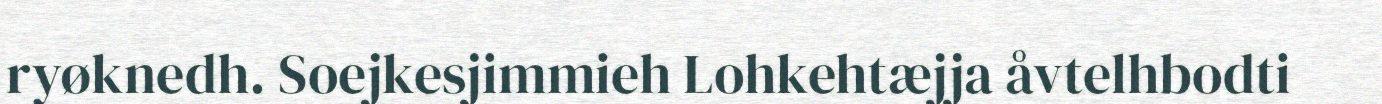
ryøknedh. Soejkesjimmieh Lohkehtæjja åvtelhbodti